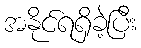
အနိုင်ရရှိခဲ့ပြီး